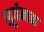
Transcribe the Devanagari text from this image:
सूर्यमाळ